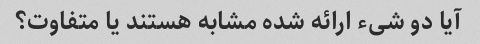
آیا دو شیء ارائه شده مشابه هستند یا متفاوت؟